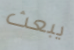
يبعث